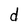
Character: d